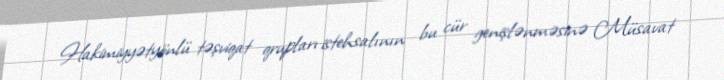
Hakimiyyətyönlü təşviqat qrupları istehsalının bu cür genişlənməsinə Müsavat